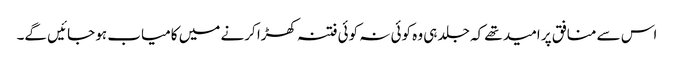
اس سے منافق پر امید تھے کہ جلد ہی وہ کوئی نہ کوئی فتنہ کھڑا کرنے میں کامیاب ہو جائیں گے۔